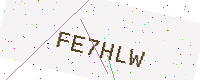
Text: FE7HLW